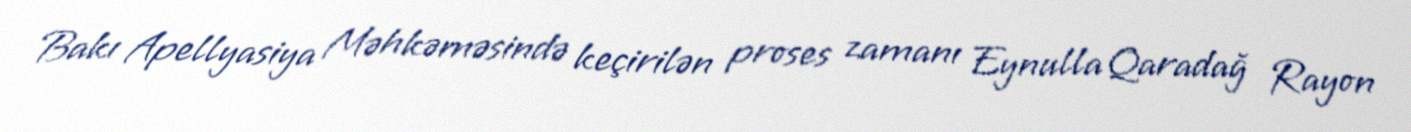
Bakı Apellyasiya Məhkəməsində keçirilən proses zamanı Eynulla Qaradağ Rayon